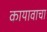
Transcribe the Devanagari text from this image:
कायावाचा